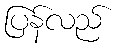
ပြန်လည်